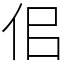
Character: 佀